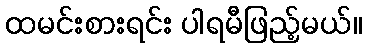
ထမင်းစားရင်း ပါရမီဖြည့်မယ်။